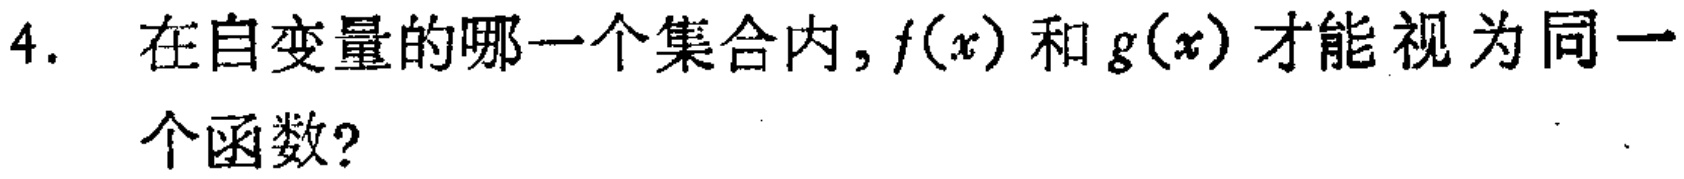
4. 在自变量的哪一个集合内，\(f(x)\) 和 \(g(x)\) 才能视为同一个函数？